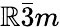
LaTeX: \mathbb{R}\bar{{3}}m